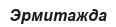
Эрмитажда